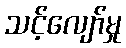
သင့်လျော်မှု